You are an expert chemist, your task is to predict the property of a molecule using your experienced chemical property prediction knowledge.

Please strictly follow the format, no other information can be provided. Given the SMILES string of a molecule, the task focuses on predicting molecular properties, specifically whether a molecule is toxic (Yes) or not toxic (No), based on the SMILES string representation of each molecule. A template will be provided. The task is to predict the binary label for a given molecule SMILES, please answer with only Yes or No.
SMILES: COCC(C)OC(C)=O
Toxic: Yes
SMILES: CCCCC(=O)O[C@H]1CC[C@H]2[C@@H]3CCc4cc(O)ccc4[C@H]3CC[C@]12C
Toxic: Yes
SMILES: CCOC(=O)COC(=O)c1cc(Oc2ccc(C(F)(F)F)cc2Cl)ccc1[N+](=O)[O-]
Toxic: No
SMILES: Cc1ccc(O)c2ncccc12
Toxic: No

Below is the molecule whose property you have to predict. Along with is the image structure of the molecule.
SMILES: CC[N+]1(C)CCCC(OC(=O)C(O)(c2ccccc2)c2ccccc2)C1
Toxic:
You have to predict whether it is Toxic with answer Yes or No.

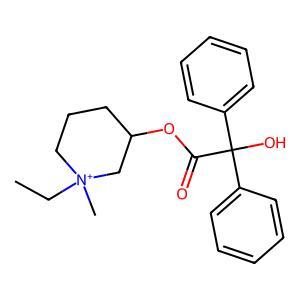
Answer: No